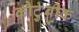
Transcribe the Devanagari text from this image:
कौटुंबीक